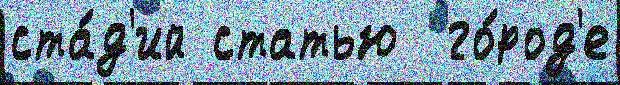
ста́д'ий статью  го́род'е